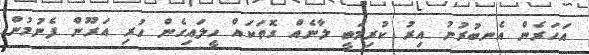
އަހަރެން އެނބުރުނު އިރު ކުރިމަތީ ލާނެއް ގޮތަކައް ހީލައިގެން ހުރި އަރޫން ފެނުމުން